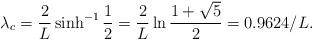
LaTeX: \begin{align*}\lambda_c ={2\over L}\sinh^{-1}{1\over 2}={2\over L}\ln{1+\sqrt{5} \over 2}=0.9624/L.\end{align*}